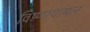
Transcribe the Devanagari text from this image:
विष्णायामल